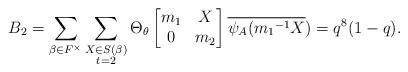
LaTeX: \begin{align*} B_{2}=\displaystyle \sum_{\beta \in F^{\times}} \sum_{\substack{X\in S(\beta) \\ t=2 }}\Theta_{\theta} \begin{bmatrix} m_{1} & X\\0 & m_{2}\end{bmatrix}\overline{\psi_{A}({m_{1}}^{-1}X})=q^{8}(1-q).\end{align*}